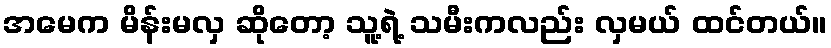
အမေက မိန်းမလှ ဆိုတော့ သူ့ရဲ့ သမီးကလည်း လှမယ် ထင်တယ်။